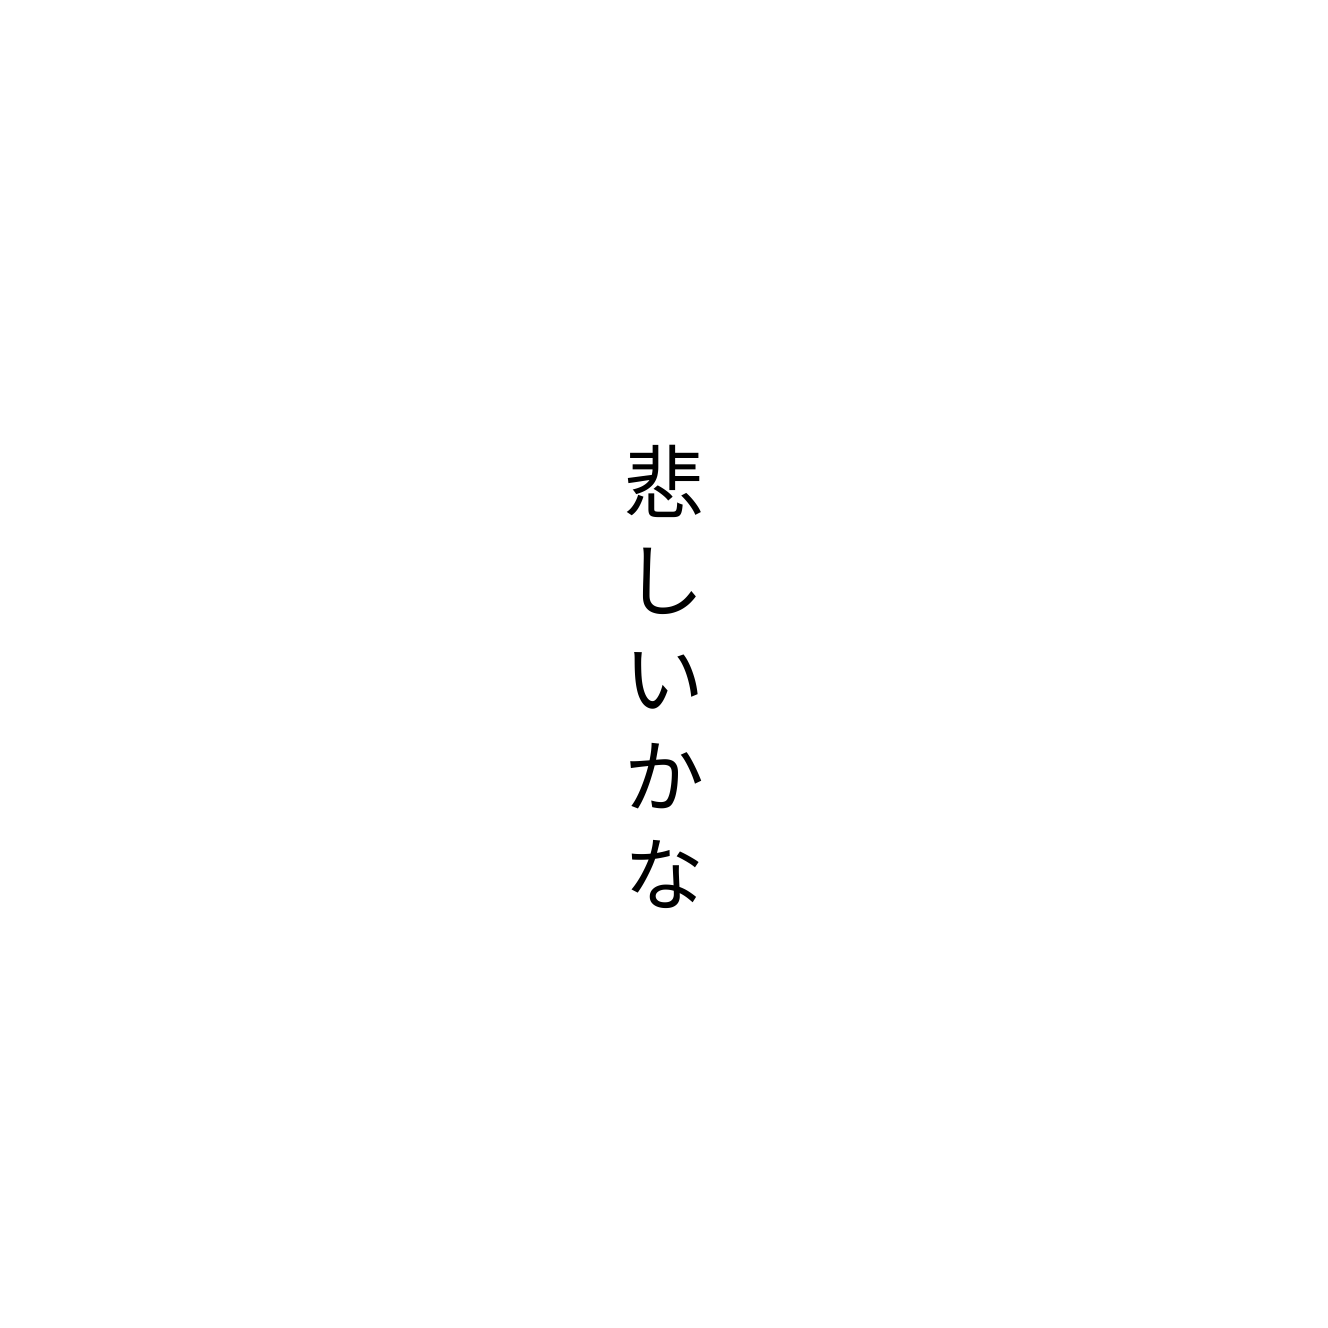
悲しいかな